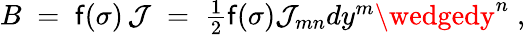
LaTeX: B\; =\; \mathsf{f}(\sigma)\, \mathcal{{J}}\; =\; \textstyle{\frac{{1}}{{2}}}\mathsf{f}(\sigma)\mathcal{{J}}_{mn}dy^{m}\wedgedy^{n}\; ,